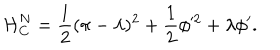
{ \cal { H } } _ { C } ^ { N } = \frac { 1 } { 2 } ( \pi - \lambda ) ^ { 2 } + \frac { 1 } { 2 } \phi ^ { 2 } + \lambda \phi ^ { \prime } .